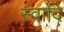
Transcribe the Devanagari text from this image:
स्वादि